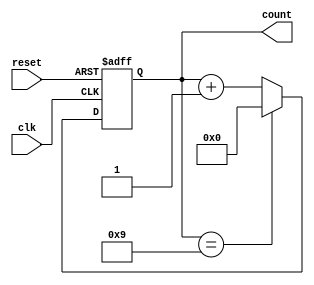
module BCD_Asynchronous_Counter (
    input wire clk,       // Clock input
    input wire reset,     // Asynchronous reset
    output reg [3:0] count // 4-bit output for BCD count
);

    // Always block for the BCD counter
    always @(posedge clk or posedge reset) begin
        if (reset) begin
            count <= 4'b0000; // Reset the count to 0
        end else begin
            // Increment the count
            if (count == 4'b1001) begin
                count <= 4'b0000; // Reset to 0 if count reaches 9
            end else begin
                count <= count + 1; // Increment the count
            end
        end
    end

endmodule